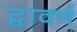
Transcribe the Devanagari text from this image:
द्वावर्ण